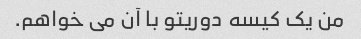
من یک کیسه دوریتو با آن می خواهم.